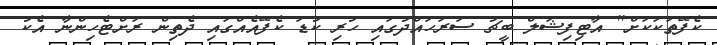
ކެފޭތަކަކަށް" އާޓިފިޝަލް ބީޗު ސަރަހައްދުގައި ހުރި ކުޑަ ކެފޭއެއްގައި ދެތިން ރަށްޓެހިންނާ އެކު